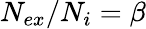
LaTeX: N_{ex}/N_{i}=\beta